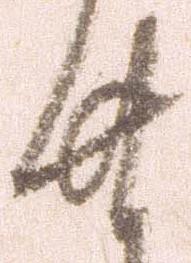
廿